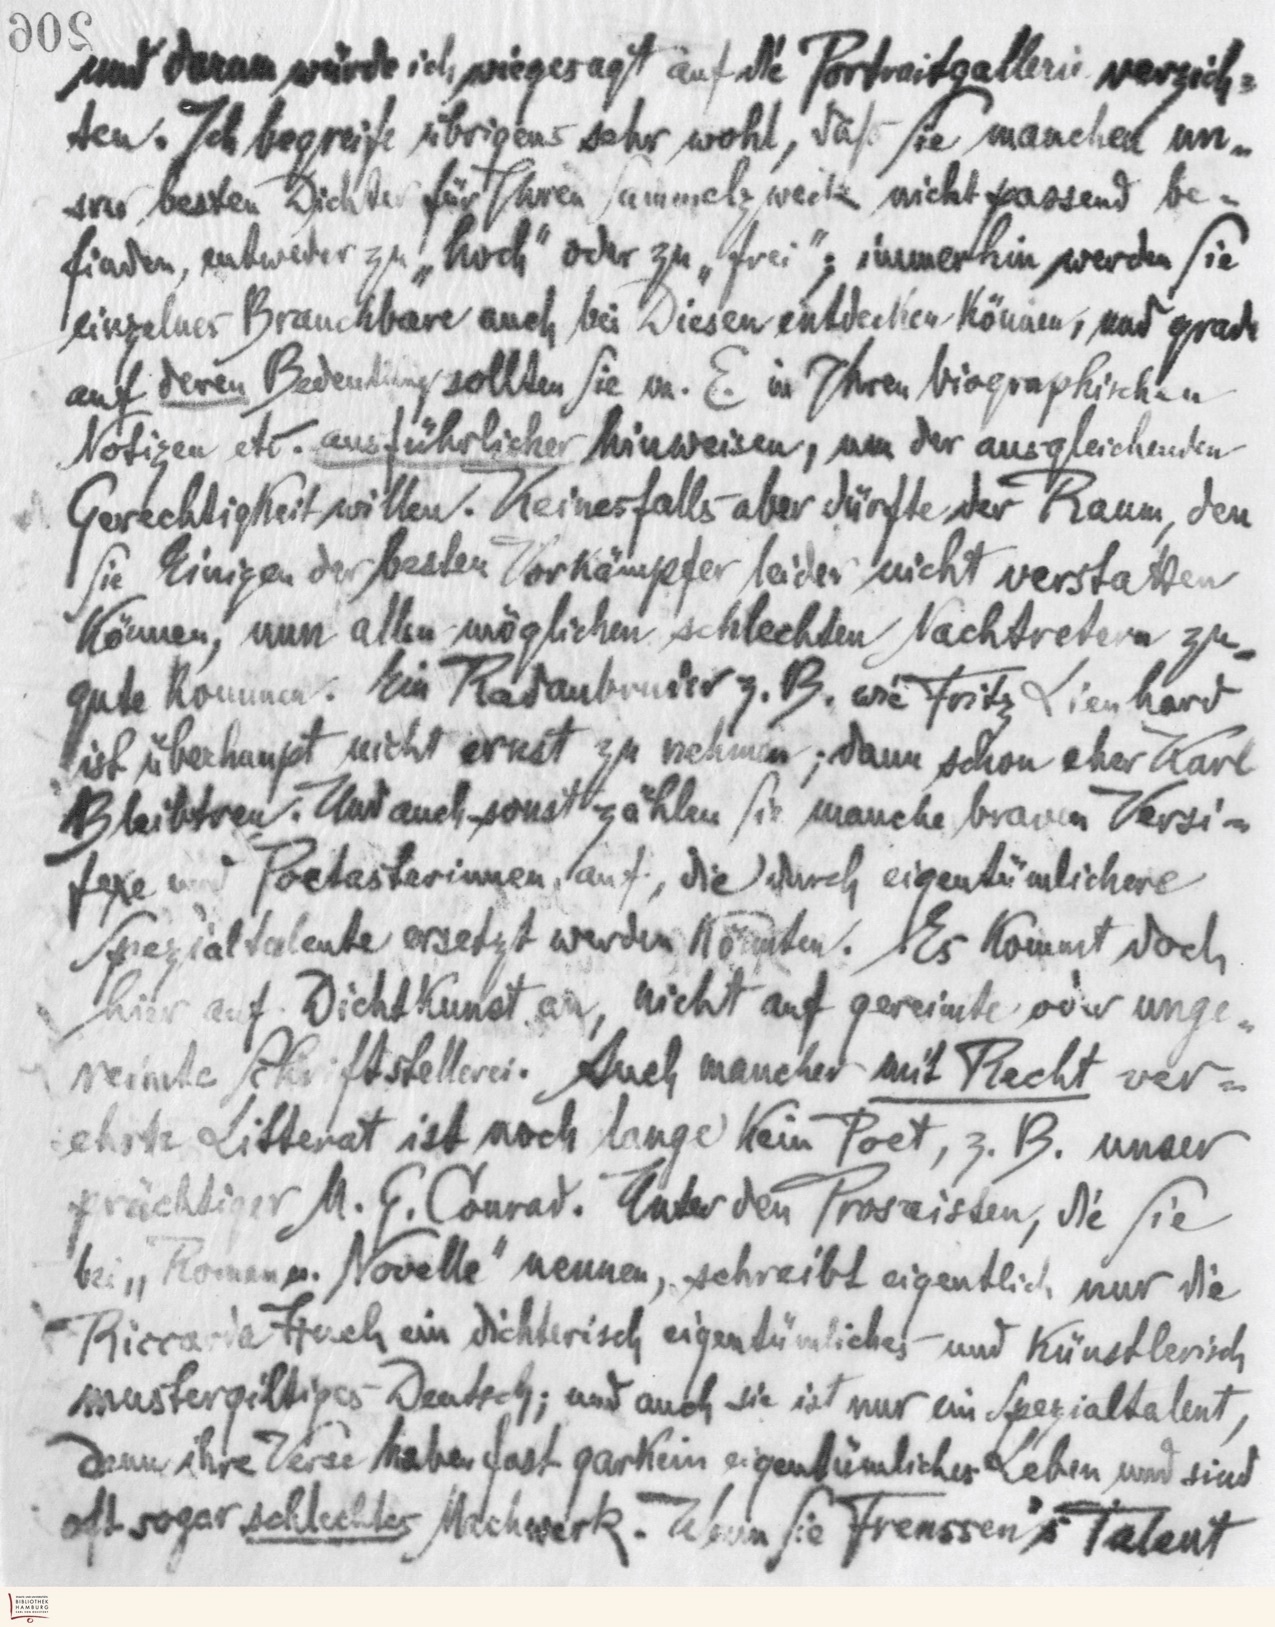
und dann würde ich wiegesagt auf die Portraitgallerie verzich-
ten. Ich begreife übrigens sehr wohl, daß Sie manchen un-
srer besten Dichter für Ihren Sammelzweck nicht passend be-
finden, entweder zu „hoch" oder zu „frei"; immerhin werden Sie
einzelnes Brauchbare auch bei Diesen entdecken können, und grade
auf deren Bedeutung sollten Sie m. E. in Ihren biographischen
Notizen etc. ausführlicher hinweisen, um der ausgleichenden
Gerechtigkeit willen. Keinesfalls aber dürfte der Raum, den
Sie einigen der besten Vorkämpfer leider nicht verstatten
können, nun allen möglichen schlechten Nachtretern zu-
gute kommen. Ein Radaubruder z.B. wie Fritz Lienhard
ist überhaupt nicht ernst zu nehmen; dann schon eher Karl
Bleibtreu. Und auch sonst zählen Sie manche braven Versi-
fexe und Poetastarinnen auf, die durch eigentümlichere
Spezialtalente ersetzt werden könnten. Es kommt doch
hier auf Dichtkunst an, nicht auf gereimte ider unge-
reimte Schriftstellerei. Auch mancher mit Recht ver-
ehrte Litterat ist noch lange kein Poet, z.B. unser
prächtiger M. G. Conrad. Unter den Prosaisten, die Sie
bei „Roman u. Novelle" nennen, schreibt eigentlich nur die
Riccaria Husch ein dichterisch eigentümliches und künstlerisch
mustergültiges Deutsch; und auch sie ist nur ein Spezialtalent,
denn ihre Verse haben fast garkein eigentümliches Leben und sind
oft sogar schlechtes Machwerk. Wenn Sie Frenssen's Talent